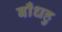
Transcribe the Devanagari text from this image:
बाँधहु